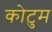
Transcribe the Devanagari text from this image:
कोटुम